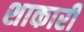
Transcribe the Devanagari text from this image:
शाकारी